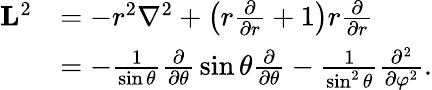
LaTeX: {\begin{array}{rl}{\mathbf{L}^{2}}&{=-r^{2}\nabla^{2}+\left(r{\frac{\partial}{\partial r}}+1\right)r{\frac{\partial}{\partial r}}}\\ &{=-{\frac{1}{\sin\theta}}{\frac{\partial}{\partial\theta}}\sin\theta{\frac{\partial}{\partial\theta}}-{\frac{1}{\sin^{2}\theta}}{\frac{\partial^{2}}{\partial\varphi^{2}}}.}\end{array}}